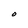
Character: O